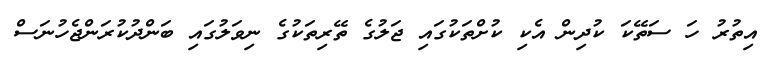
އިތުރު ހަ ސަތޭކަ ކުދިން އެކި ކުށްތަކުގައި ޖަލުގެ ތޭރިތަކުގެ ނިވަލުގައި ބަންދުކުރަންޖެހުނަސް